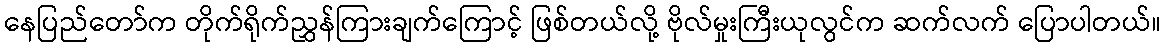
နေပြည်တော်က တိုက်ရိုက်ညွှန်ကြားချက်ကြောင့် ဖြစ်တယ်လို့ ဗိုလ်မှုးကြီးယုလွင်က ဆက်လက် ပြောပါတယ်။